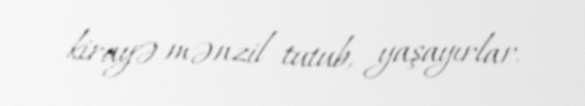
kirayə mənzil tutub, yaşayırlar.